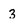
Character: 3